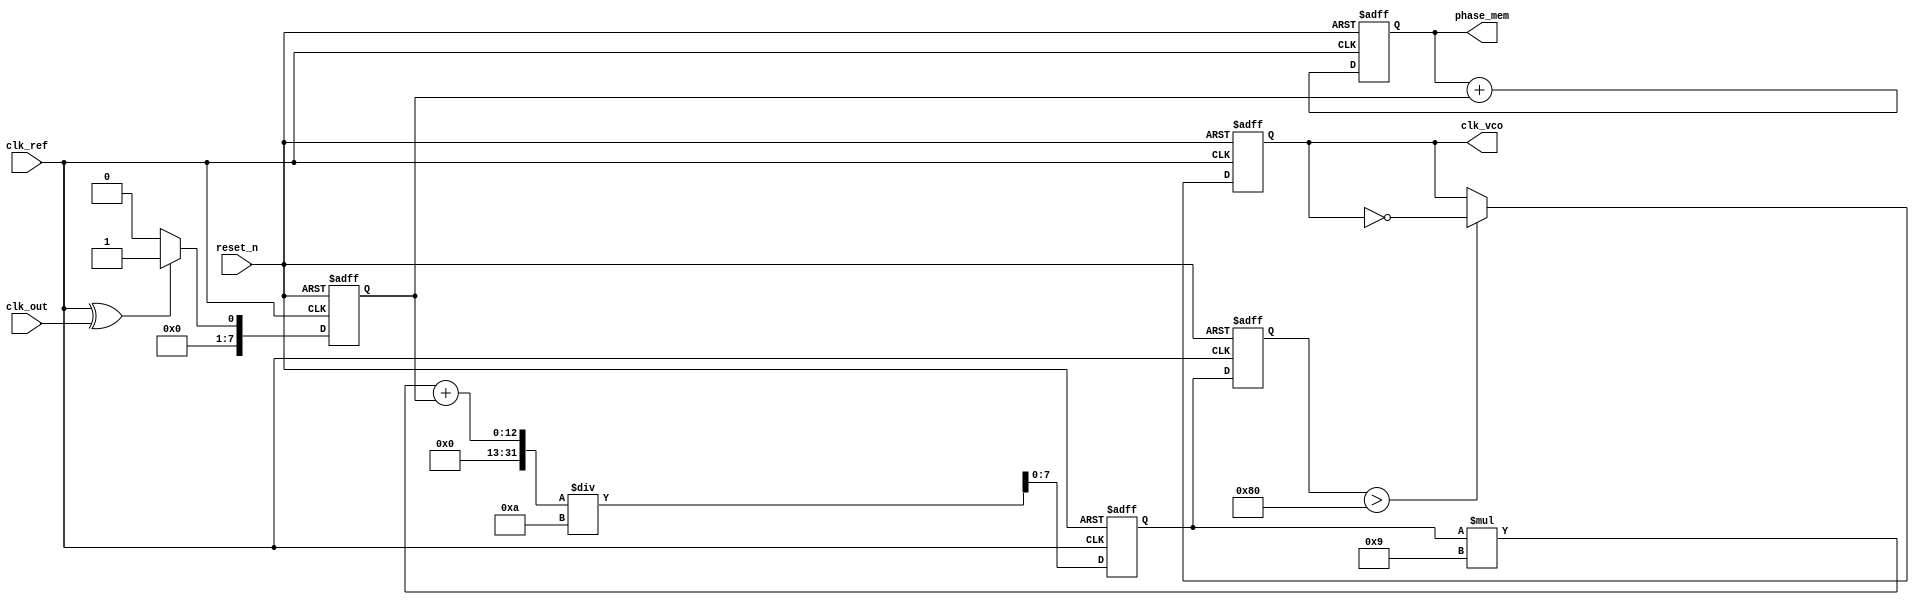
module PLL (
    input wire clk_ref,         // Reference clock input
    input wire clk_out,         // Output clock from VCO
    input wire reset_n,         // Active low reset
    output reg clk_vco,         // Output clock from PLL
    output reg [7:0] phase_mem  // Memory block for phase information
);

    // Parameters
    parameter PHASE_WIDTH = 8; // Width of phase information
    parameter LPF_CONST = 8'd10; // Low-pass filter constant for simulation

    // Internal signals
    reg [PHASE_WIDTH-1:0] phase_error;
    reg [PHASE_WIDTH-1:0] control_voltage;
    reg [PHASE_WIDTH-1:0] vco_frequency;
    reg [PHASE_WIDTH-1:0] lpf_output;
    
    // Phase Detector (PD)
    always @(posedge clk_ref or negedge reset_n) begin
        if (!reset_n)
            phase_error <= 0;
        else
            phase_error <= (clk_ref ^ clk_out) ? 8'd1 : 8'd0; // Example phase difference calculation
    end

    // Low-Pass Filter (LPF)
    always @(posedge clk_ref or negedge reset_n) begin
        if (!reset_n)
            lpf_output <= 0;
        else
            lpf_output <= (lpf_output * (LPF_CONST - 1) + phase_error) / LPF_CONST; // Simple LPF implementation
    end

    // Voltage-Controlled Oscillator (VCO)
    always @(posedge clk_ref or negedge reset_n) begin
        if (!reset_n) begin
            vco_frequency <= 8'd0;
            clk_vco <= 0;
        end else begin
            vco_frequency <= lpf_output; // Adjust frequency based on control voltage
            clk_vco <= (vco_frequency > 8'd128) ? ~clk_vco : clk_vco; // Example VCO toggle
        end
    end

    // Memory Block for phase information
    always @(posedge clk_ref or negedge reset_n) begin
        if (!reset_n)
            phase_mem <= 0;
        else
            phase_mem <= phase_mem + phase_error; // Store phase information
    end

endmodule